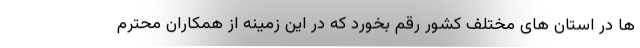
ها در استان های مختلف کشور رقم بخورد که در این زمینه از همکاران محترم